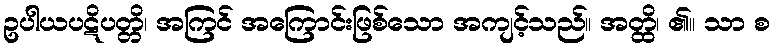
ဥပါယပဋိပတ္တိ၊ အကြင် အကြောင်းဖြစ်သော အကျင့်သည်။ အတ္ထိ၊ ၏။ သာ စ